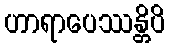
ဟာရာပေဿန္တိပိ